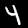
Label: 4